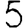
Digit: 5